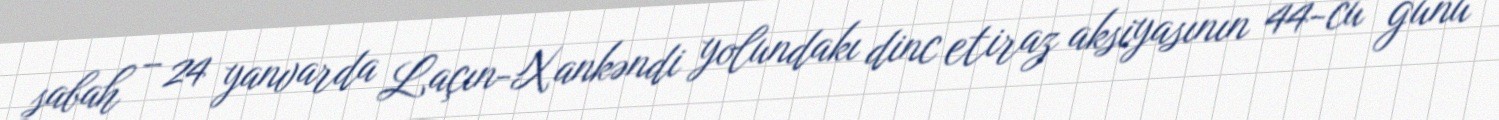
sabah – 24 yanvarda Laçın-Xankəndi yolundakı dinc etiraz aksiyasının 44-cü günü